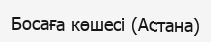
Босаға көшесі (Астана)